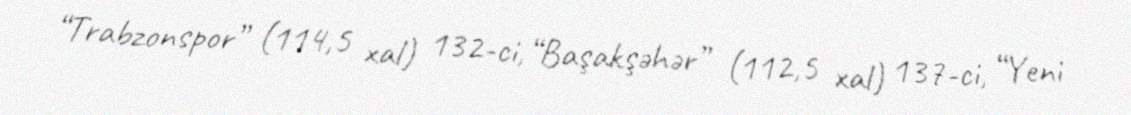
“Trabzonspor” (114,5 xal) 132-ci, “Başakşəhər” (112,5 xal) 137-ci, “Yeni